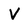
Character: V